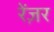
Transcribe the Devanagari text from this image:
रेंज़र